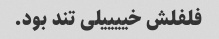
فلفلش خییییلی تند بود.